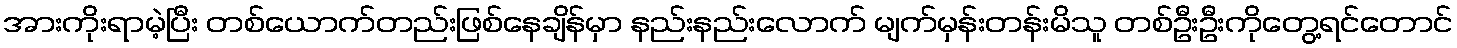
အားကိုးရာမဲ့ပြီး တစ်ယောက်တည်းဖြစ်နေချိန်မှာ နည်းနည်းလောက် မျက်မှန်းတန်းမိသူ တစ်ဦးဦးကိုတွေ့ရင်တောင်